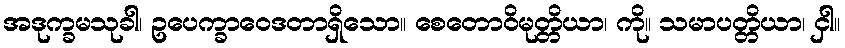
အဒုက္ခမသုခါ၊ ဥပေက္ခာဝေဒတာရှိသော။ စေတောဝိမုတ္တိယာ၊ ကို။ သမာပတ္တိယာ၊ ငှါ။